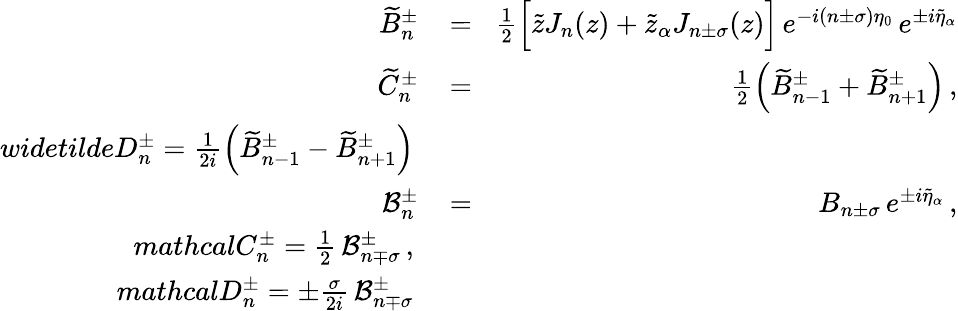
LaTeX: \begin{array}{rlr}{\widetilde{B}_{n}^{\pm}\! }&{{}=}&{\! \frac{1}{2}\Big[\tilde{z}J_{n}(z)+\tilde{z}_{\alpha}J_{n\pm\sigma}(z)\Big]\, e^{-i(n\pm\sigma)\eta_{0}}\, e^{\pm i\tilde{\eta}_{\alpha}}}\\ {\widetilde{C}_{n}^{\pm}\! }&{{}=}&{\! \frac{1}{2}\left(\widetilde{B}_{n-1}^{\pm}+\widetilde{B}_{n+1}^{\pm}\right)\, ,}\\ {widetilde{D}_{n}^{\pm}=\frac{1}{2i}\left(\widetilde{B}_{n-1}^{\pm}-\widetilde{B}_{n+1}^{\pm}\right)}\\ {\mathcal{B}_{n}^{\pm}\! }&{{}=}&{\! B_{n\pm\sigma}\, e^{\pm i\tilde{\eta}_{\alpha}}\, ,}\\ {mathcal{C}_{n}^{\pm}=\frac{1}{2}\, \mathcal{B}_{n\mp\sigma}^{\pm}\, ,}\\ {mathcal{D}_{n}^{\pm}=\pm\frac{\sigma}{2i}\, \mathcal{B}_{n\mp\sigma}^{\pm}}\end{array}